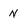
Character: n